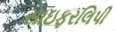
સાઇફરલિપી